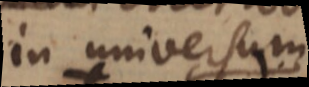
in universum